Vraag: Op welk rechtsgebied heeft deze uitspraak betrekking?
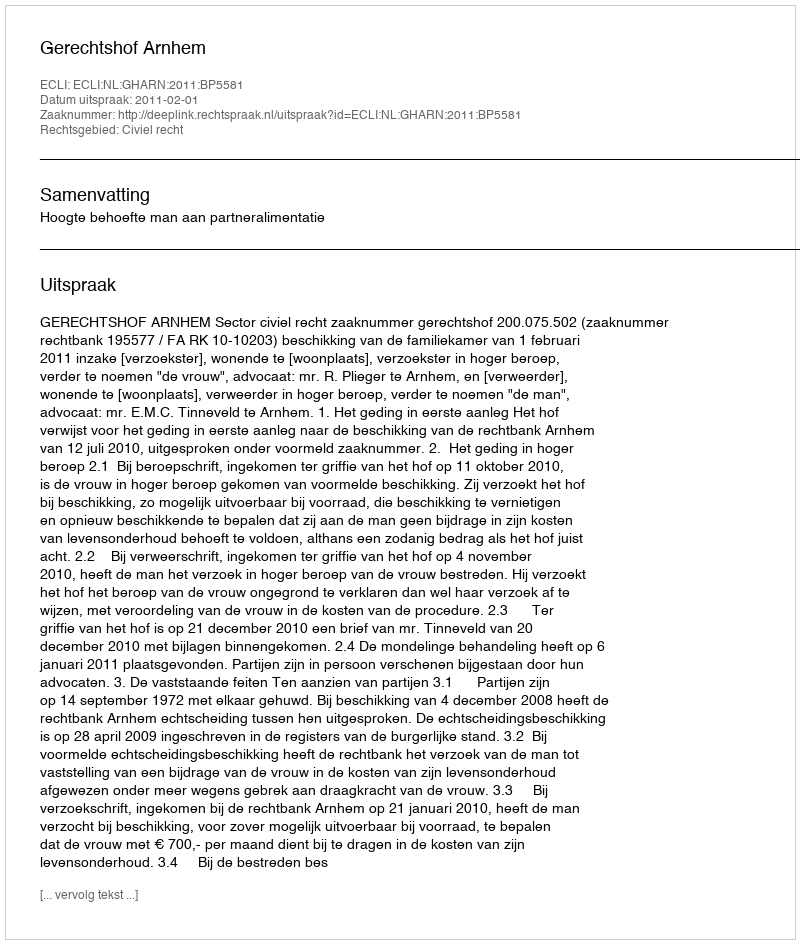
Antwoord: Civiel recht